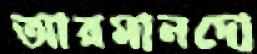
আরমানদো